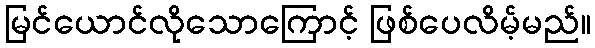
မြင်ယောင်လိုသောကြောင့် ဖြစ်ပေလိမ့်မည်။